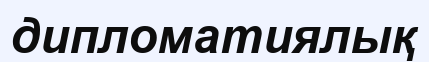
дипломатиялық